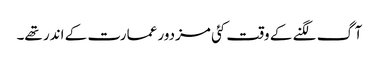
آگ لگنے کے وقت کئی مزدور عمارت کے اندر تھے۔